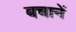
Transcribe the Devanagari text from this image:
बचानें